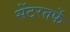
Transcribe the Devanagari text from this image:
सेंटरतर्फे